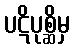
ပဋိပုစ္ဆိမှ